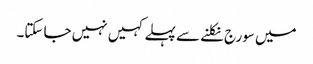
میں سورج نکلنے سے پہلے کہیں نہیں جا سکتا۔